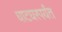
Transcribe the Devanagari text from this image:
घाटघरपर्यंत